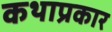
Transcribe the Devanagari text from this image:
कथाप्रकार